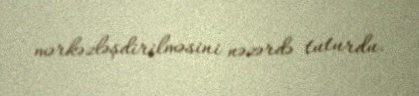
mərkəzləşdirilməsini nəzərdə tuturdu.